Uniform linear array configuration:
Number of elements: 32
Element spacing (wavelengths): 0.75
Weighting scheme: kaiser
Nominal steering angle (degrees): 0
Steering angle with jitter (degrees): -0.06738
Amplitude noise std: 0.05
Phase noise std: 0.05

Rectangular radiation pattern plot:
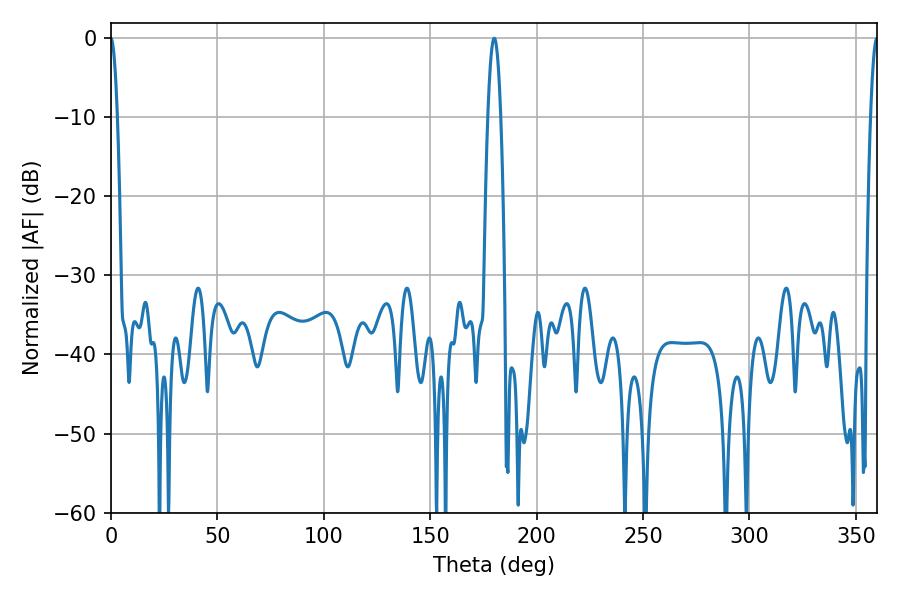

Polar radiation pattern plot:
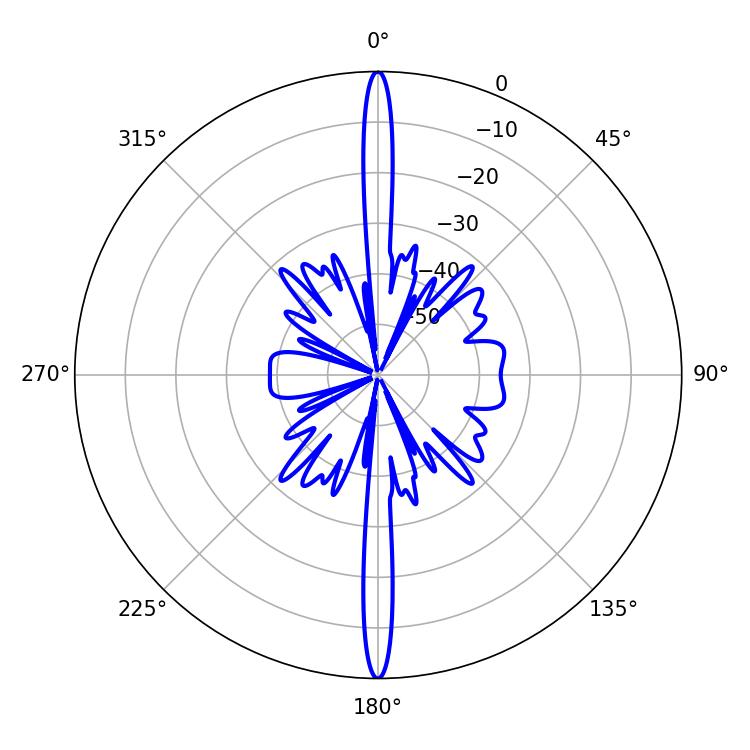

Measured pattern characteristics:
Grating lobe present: TRUE
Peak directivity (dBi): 48.21
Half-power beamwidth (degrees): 1.8
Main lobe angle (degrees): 360